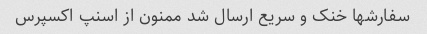
سفارشها خنک و سریع ارسال شد ممنون از اسنپ اکسپرس